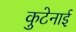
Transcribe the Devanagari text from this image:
कुटेनाई